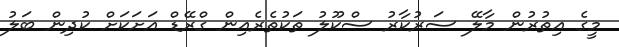
މީގެ އިތުރުން މާލޭ ސަރުކާރު ސްކޫލު ތަކުތެރެއިން ގްރޭޑް އަށަކަށް ކުދިން ބަލު